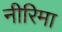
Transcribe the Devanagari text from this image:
नीरिमा